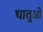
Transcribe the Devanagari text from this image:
धातुआें